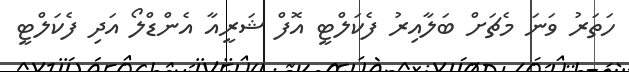
ހަތަރު ވަނަ މެޗަށް ބަލާއިރު ފެކަލްޓީ އޮފް ޝަރީއާ އެންޑްލޯ އަދި ފެކަލްޓީ